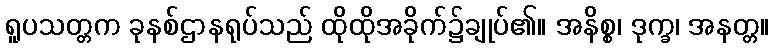
ရူပသတ္တက ခုနစ်ဌာနရုပ်သည် ထိုထိုအခိုက်၌ချုပ်၏။ အနိစ္စ၊ ဒုက္ခ၊ အနတ္တ။